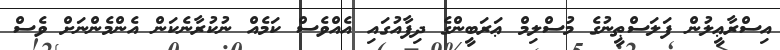
އިސްރާޢީލުން ފަލަސްޠީނުގެ މުސްލިމް ޢަރަބީންގެ ދިފާއުގައި އެއްވެސް ކަމެއް ނުކުރާނެކަން އެންމެންނަށް ވެސް